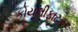
કોયલીફાટક